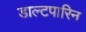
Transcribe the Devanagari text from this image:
डाल्टपारिन